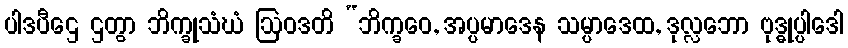
ပါဒပီဌေ ဌတွာ ဘိက္ခုသံဃံ ဩဝဒတိ “ဘိက္ခဝေ, အပ္ပမာဒေန သမ္ပာဒေထ, ဒုလ္လဘော ဗုဒ္ဓုပ္ပါဒေါ